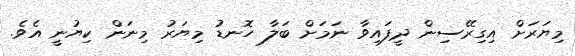
މިޔަރަށް އިގިރޭސިން ދީފައިވާ ނަމަށް ބަލާ ހޮނޑު މިޔަރު މިނަން ކިޔުނީ އެވެ.